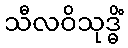
သီလဝိသုဒ္ဓိံ